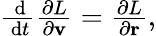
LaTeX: \begin{array}{r}{\frac{\, \mathrm{d}}{\, \mathrm{d}t}\frac{\partial L}{\partial\mathbf v}=\frac{\partial L}{\partial\mathbf r},}\end{array}